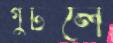
গুটলে